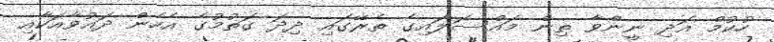
ހުކުމް އަދި ނީންވާ ތިން މައްސަލައިގެ ތެރޭގައި ދިދަ ގަތުމުގެ އެހެން ދައުވާއަކާއި